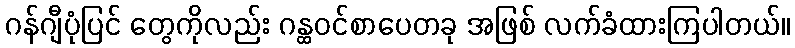
ဂန်ဂျီပုံပြင် တွေကိုလည်း ဂန္ထဝင်စာပေတခု အဖြစ် လက်ခံထားကြပါတယ်။